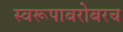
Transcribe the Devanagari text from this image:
स्वरूपाबरोबरच